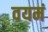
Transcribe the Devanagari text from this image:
वयमं